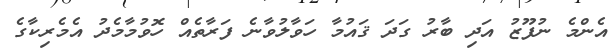
އެންމެ ނުފޫޒު އަދި ބާރު ގަދަ ޤައުމާ ހަވާލުވާނެ ފަރާތެއް ހޮވުމާމެދު އެމެރިކާގެ